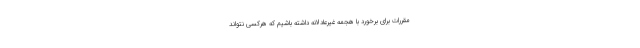
مقررات برای برخورد با هجمه غیرعادلانه داشته باشیم که هرکسی نتواند